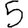
Digit: 5